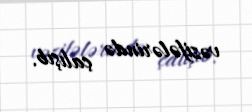
vəzifələrində çalışıb.